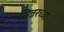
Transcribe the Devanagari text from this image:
सिन्नरच्या